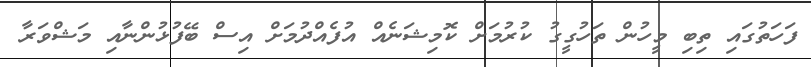
ފަހަތުގައި ތިބި މީހުން ތަހުގީގު ކުރުމަށް ކޮމިޝަނެއް އުފެއްދުމަށް އިސް ބޭފުޅުންނާއި މަޝްވަރާ